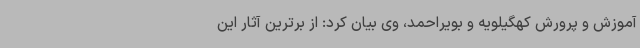
آموزش و پرورش کهگیلویه و بویراحمد، وی بیان کرد: از برترین آثار این